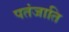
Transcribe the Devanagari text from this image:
पतंजाति